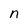
Character: n